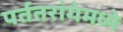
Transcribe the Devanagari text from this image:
पर्ततरांगेमध्ये